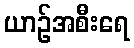
ယာဉ်အစီးရေ